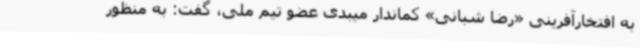
به افتخارآفرینی «رضا شبانی» کماندار میبدی عضو تیم ملی، گفت: به منظور